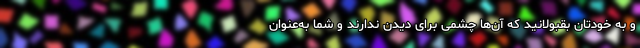
و به خودتان بقبولانید که آن‌ها چشمی برای دیدن ندارند و شما به‌عنوان